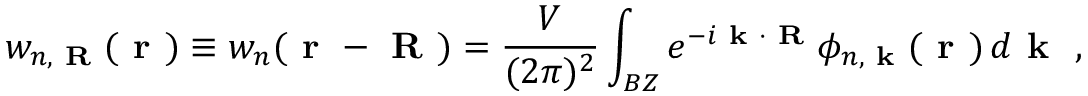
w _ { n , \textbf { R } } ( \textbf { r } ) \equiv w _ { n } ( \textbf { r } - \textbf { R } ) = \frac { V } { ( 2 \pi ) ^ { 2 } } \int _ { B Z } e ^ { - i \textbf { k } \cdot \textbf { R } } \phi _ { n , \textbf { k } } ( \textbf { r } ) \, d \textbf { k } ~ ,